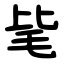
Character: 毞